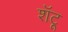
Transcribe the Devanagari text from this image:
शॅटू